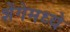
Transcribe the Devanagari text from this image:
शेंगेमध्ये